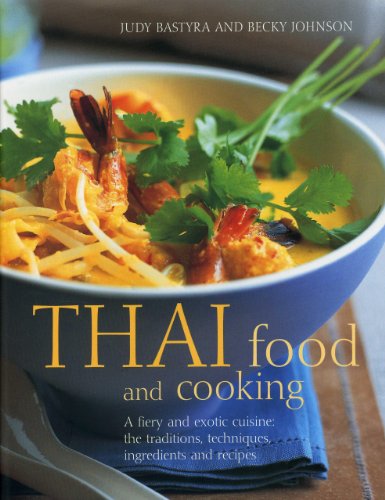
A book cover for Thai Food and Cooking: A Fiery And Exotic Cuisine: The Traditions, Techniques, Ingredients And Recipes; Judy Bastyra; Cookbooks, Food & Wine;